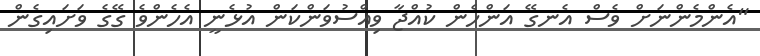
"އެންމެންނަށް ވެސް އެނގޭ އަންހެން ކުއްޖާ ވިއްސުވަންކަން އުޅެނީ އެހެންވެ ގޭގެ ވަށައިގެން